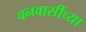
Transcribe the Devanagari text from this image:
वनवासींच्या